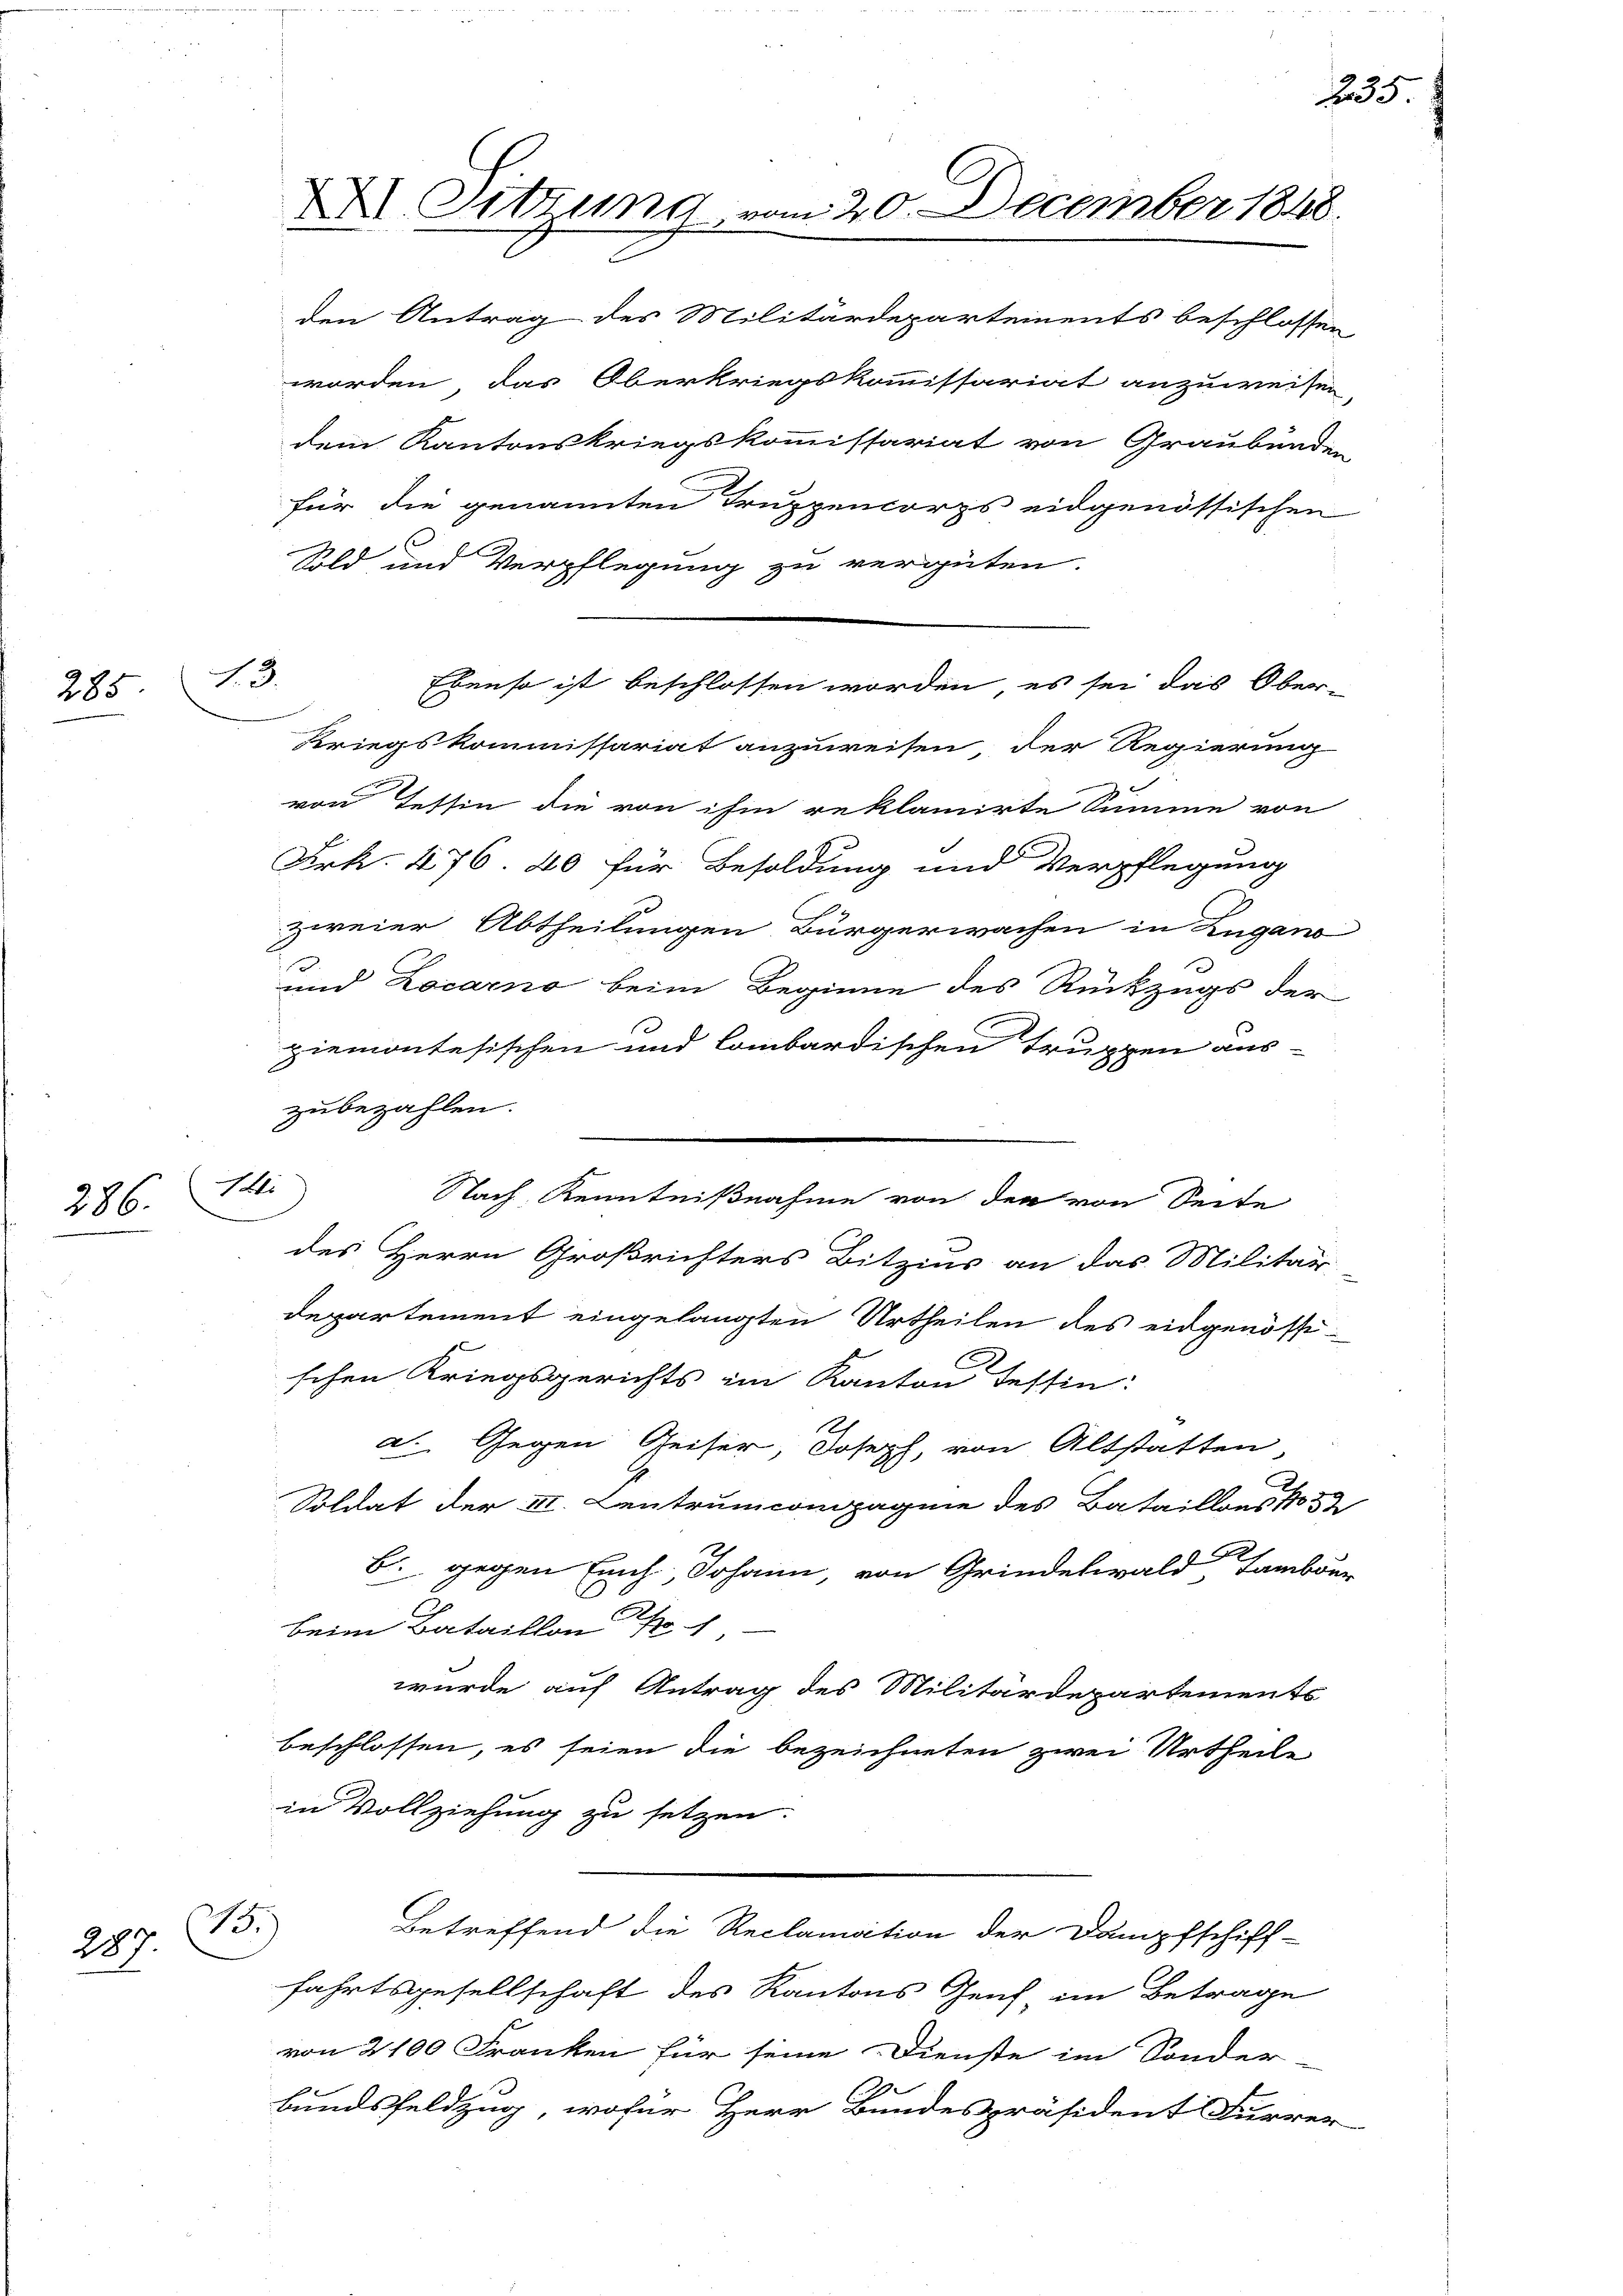
285

286.

289.

13.

Mi

XXI. Sitzung vom 20. December 1848.

den Antrag des Militärdepartements beschlossen
worden, das Oberkriegskommissariat anzuweisen,
dem Kantonskriegskommissariat von Graubünden
für die genannten Truppencorps eidgenössischen
x
Sold und Verpflegung zu vergüten.
Kriegskommissariat anzuweisen der Regierung
von Tessin die von ihm reklamirte Summe von
Frk. 476. 40 für Besoldung und Verpflegung
zweier Abtheilungen Bürgerwachen in Zugano
und Locarno beim Beginne des Rückzugs der
giemontesischen und lombardischen Truppen aus-
zubezahlen.
Nach Kenntnißnahme von den von Seite
des Herrn Großrichters Bitzins an das Militär
departement eingelangten Urtheilen des eidgenössischen Kriegsgerichts im Kanton Tessin:
a. Gegen Geiser, Joseph, von Altstatten
Soldat der III. Centruncompagnie des Bataillons No 32
2
B. gegen Euch Johann, von Grindelwald, Tambour
beim Bataillon
wurde auf Antrag des Militärdepartements
beschlossen, es seien die bezeichneten zwei Urtheile
in Vollziehung zu setzen.
B.)
Betreffend die Reclamation der Dampfschiff-
fahrtsgesellschaft des Kantons Zeich im Betrage
von 2100 Franken für seine Dienste im Sonder-
7
bundsfeldzug, wofür Herr Bundespräsident Furrer

Ebenso ist beschlossen worden, es sei das Ober-

235